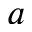
a